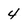
Character: 4